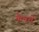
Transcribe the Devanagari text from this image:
केनचे